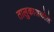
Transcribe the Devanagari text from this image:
तालुकाअकोले